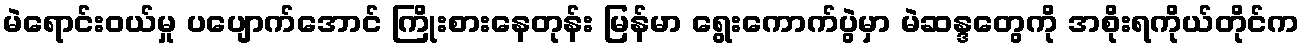
မဲရောင်းဝယ်မှု ပပျောက်အောင် ကြိုးစားနေတုန်း မြန်မာ ရွေးကောက်ပွဲမှာ မဲဆန္ဒတွေကို အစိုးရကိုယ်တိုင်က